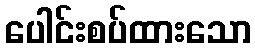
ပေါင်းစပ်ထားသော